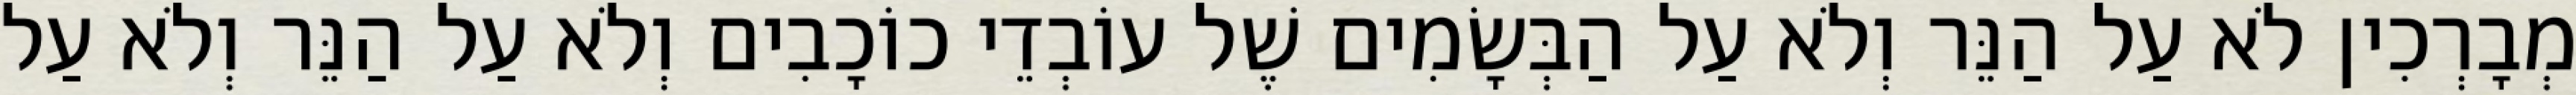
מְבָרְכִין לֹא עַל הַנֵּר וְלֹא עַל הַבְּשָׂמִים שֶׁל עוֹבְדֵי כוֹכָבִים וְלֹא עַל הַנֵּר וְלֹא עַל